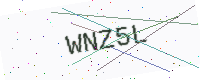
Text: WNZ5L